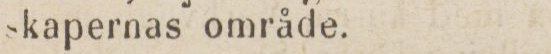
skapernas område.